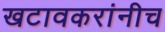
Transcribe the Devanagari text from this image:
खटावकरांनीच